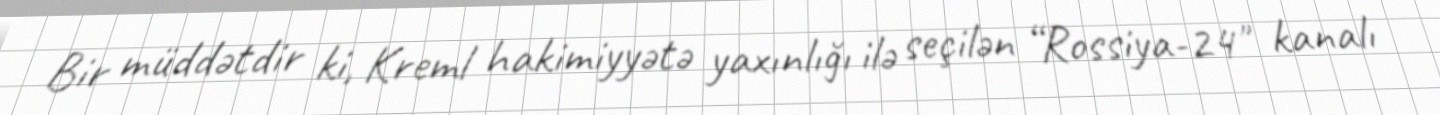
Bir müddətdir ki, Kreml hakimiyyətə yaxınlığı ilə seçilən “Rossiya-24" kanalı